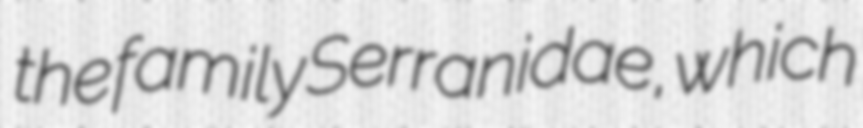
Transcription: the family Serranidae, which